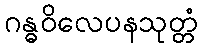
ဂန္ဓဝိလေပနသုတ္တံ